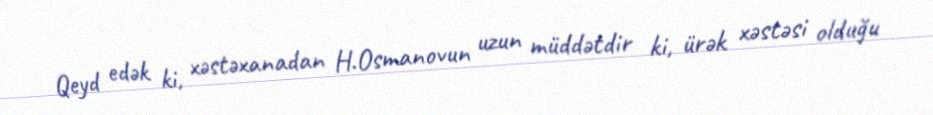
Qeyd edək ki, xəstəxanadan H.Osmanovun uzun müddətdir ki, ürək xəstəsi olduğu